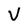
Character: V